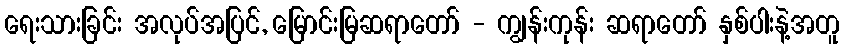
ရေးသားခြင်း အလုပ်အပြင်, မြောင်းမြဆရာတော် - ကျွန်းကုန်း ဆရာတော် နှစ်ပါးနဲ့အတူ